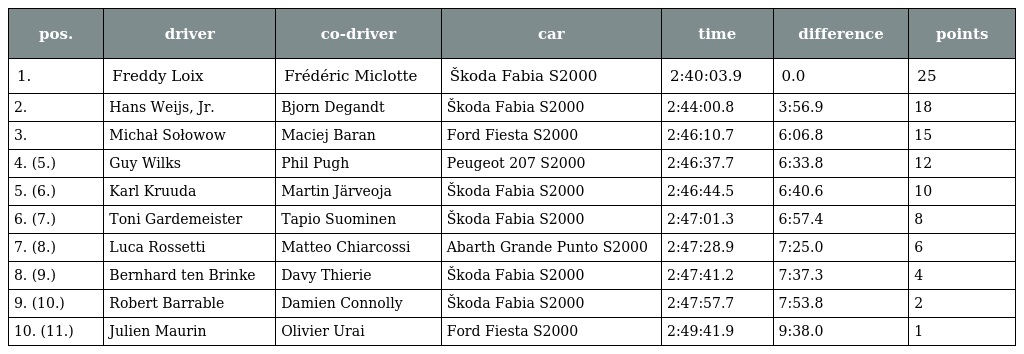
| pos. | driver | co-driver | car | time | difference | points |
 | --- | --- | --- | --- | --- | --- | --- |
 | 1. | Freddy Loix | Frédéric Miclotte | Škoda Fabia S2000 | 2:40:03.9 | 0.0 | 25 |
 | 2. | Hans Weijs, Jr. | Bjorn Degandt | Škoda Fabia S2000 | 2:44:00.8 | 3:56.9 | 18 |
 | 3. | Michał Sołowow | Maciej Baran | Ford Fiesta S2000 | 2:46:10.7 | 6:06.8 | 15 |
 | 4. (5.) | Guy Wilks | Phil Pugh | Peugeot 207 S2000 | 2:46:37.7 | 6:33.8 | 12 |
 | 5. (6.) | Karl Kruuda | Martin Järveoja | Škoda Fabia S2000 | 2:46:44.5 | 6:40.6 | 10 |
 | 6. (7.) | Toni Gardemeister | Tapio Suominen | Škoda Fabia S2000 | 2:47:01.3 | 6:57.4 | 8 |
 | 7. (8.) | Luca Rossetti | Matteo Chiarcossi | Abarth Grande Punto S2000 | 2:47:28.9 | 7:25.0 | 6 |
 | 8. (9.) | Bernhard ten Brinke | Davy Thierie | Škoda Fabia S2000 | 2:47:41.2 | 7:37.3 | 4 |
 | 9. (10.) | Robert Barrable | Damien Connolly | Škoda Fabia S2000 | 2:47:57.7 | 7:53.8 | 2 |
 | 10. (11.) | Julien Maurin | Olivier Urai | Ford Fiesta S2000 | 2:49:41.9 | 9:38.0 | 1 |